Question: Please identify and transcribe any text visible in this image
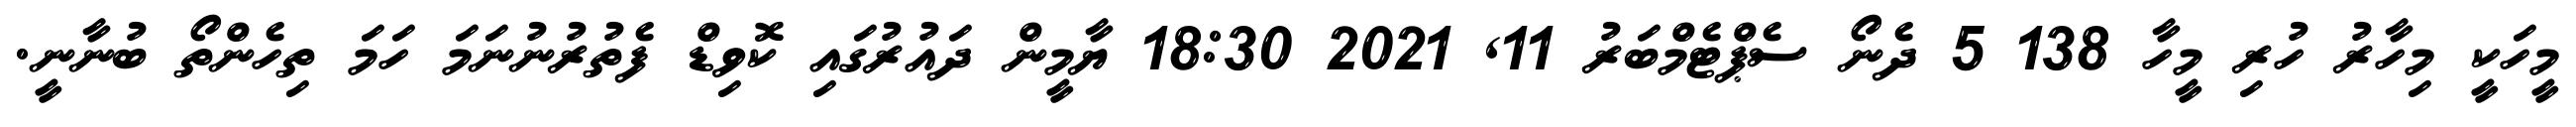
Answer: މީހަކީ މިހާރު ހުރި މީހާ 138 5 ދެނޯ ސެޕްޓެމްބަރު 11, 2021 18:30 ޔާމީން ދައުރުގައި ކޮވިޑް ފެތުރުނުނަމަ ހަމަ ތިހެންތޯ ބުނާނީ.